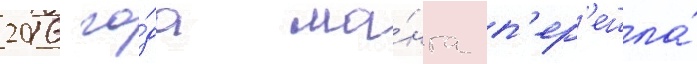
2016 го́да ма́нга п'ер'ешла́